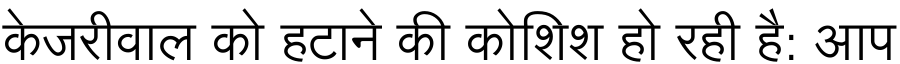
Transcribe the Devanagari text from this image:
केजरीवाल को हटाने की कोशिश हो रही है: आप